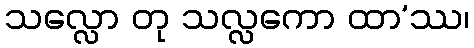
သလ္လော တု သလ္လကော ထာ’ဿ၊